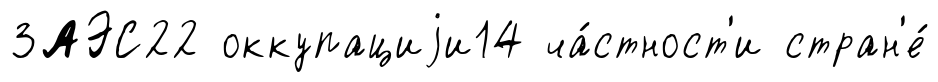
ЗАЭС22 оккупациjи14 ча́стност'и стран'е́